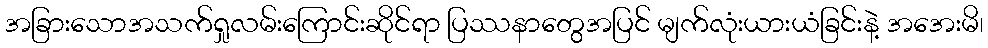
အခြားသောအသက်ရှုလမ်းကြောင်းဆိုင်ရာ ပြဿနာတွေအပြင် မျက်လုံးယားယံခြင်းနဲ့ အအေးမိ၊